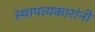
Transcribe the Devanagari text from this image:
स्थापत्यकारांनी